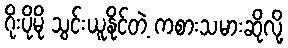
ဂိုးပိုမို သွင်းယူနိုင်တဲ့ ကစားသမားဆိုလို့